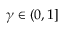
\gamma \in ( 0 , 1 ]